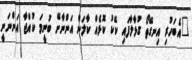
"އެބަހުރި އިނގޭތޯ ގުޅާލާފައި ކޭކު ކޮޅެއް ކާލަން އަންނާށޭ ބުނީމަ ކުއްޖާ އަންނަނީ